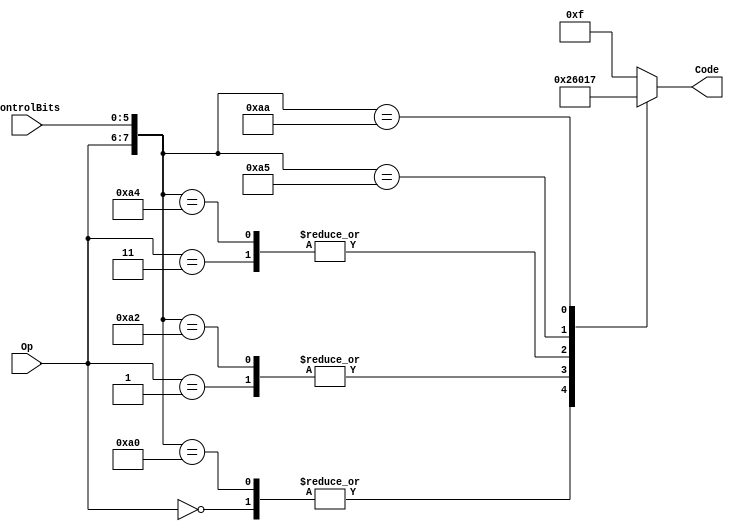
`timescale 1ns / 1ps

`define ALU_ADD 4'b0010
`define ALU_SUB 4'b0110
`define ALU_AND 4'b0000
`define ALU_OR  4'b0001
`define ALU_SLT 4'b0111
`define ALU_NOR 4'b1100

module ALUControl(Op, ControlBits, Code);
	input [1:0] Op;
	input [5:0] ControlBits;
	output reg [3:0] Code;
	
	always @(Op or ControlBits or Code)
	casex({Op, ControlBits}) 
		8'b00_xxxxxx:   Code = `ALU_ADD;
		8'b01_xxxxxx:   Code = `ALU_SUB;
		8'b11_xxxxxx:   Code = `ALU_AND;
		8'b10_100000:   Code = `ALU_ADD;
		8'b10_100010:   Code = `ALU_SUB;
		8'b10_100100:   Code = `ALU_AND;
		8'b10_100101:   Code = `ALU_OR;
		8'b10_101010:   Code = `ALU_SLT;
		default:		Code = 4'b1111; 
	endcase
endmodule